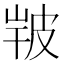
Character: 𤿣